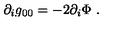
\partial _ { i } g _ { 0 0 } = - 2 \partial _ { i } \Phi \ .